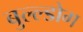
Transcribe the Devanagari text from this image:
बुल्ल्डोग